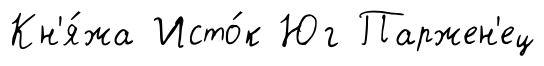
Кн'я́жа Исто́к Юг Паржен'ец